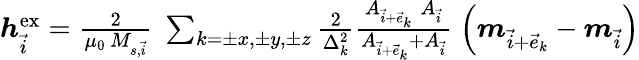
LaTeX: \begin{array}{r}{\boldsymbol{h}_{\vec{i}}^{\mathrm{ex}}=\frac{2}{\mu_{0}\, M_{s,\vec{i}}}\; \sum_{k=\pm x,\pm y,\pm z}\frac{2}{\Delta_{k}^{2}}\frac{A_{\vec{i}+\vec{e}_{k}}\; A_{\vec{i}}}{A_{\vec{i}+\vec{e}_{k}}+A_{\vec{i}}}\; \left(\boldsymbol{m}_{\vec{i}+\vec{e}_{k}}-\boldsymbol{m}_{\vec{i}}\right)}\end{array}